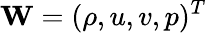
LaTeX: \mathbf{W}=(\rho,u,v,p)^{T}